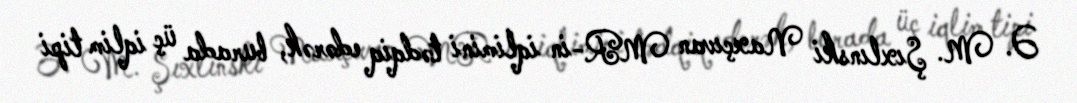
Ə. M. Şıxlınski Naxçıvan MR-in iqlimini tədqiq edərək, burada üç iqlim tipi